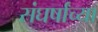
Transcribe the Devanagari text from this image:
संघर्षांच्या